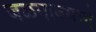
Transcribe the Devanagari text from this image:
जळगावमार्गे